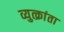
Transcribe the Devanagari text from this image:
व्युत्क्रांता